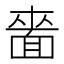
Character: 𮧌